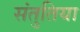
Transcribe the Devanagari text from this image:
संतुतिया